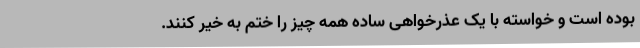
بوده است و خواسته با یک عذرخواهی ساده همه چیز را ختم به خیر کنند.